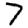
Digit: 7